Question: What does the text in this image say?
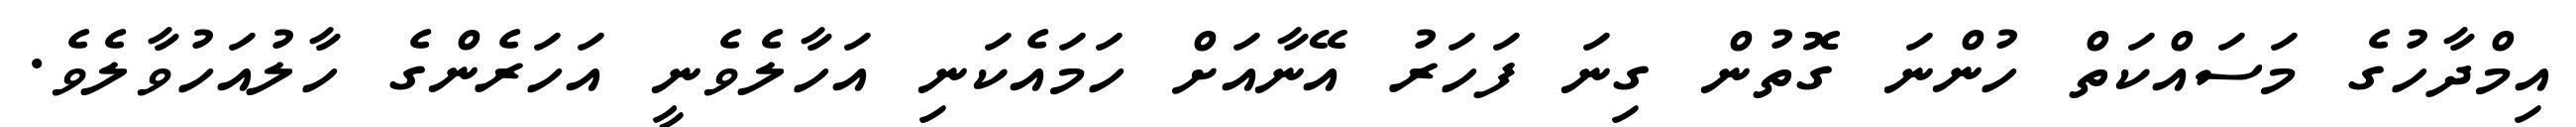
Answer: އިމްދާހުގެ މަސައްކަތް ހުންނަ ގޮތުން ގިނަ ފަހަރު އޭނާއަށް ހަމައެކަނި އަހާލެވެނީ އަހަރެންގެ ހާލުއަހުވާލެވެ.